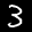
Label: 3